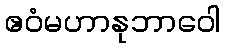
ဧဝံမဟာနုဘာဝေါ